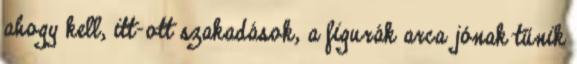
ahogy kell, itt-ott szakadások, a figurák arca jónak tűnik